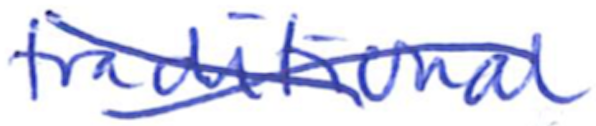
Text: traditional
Cross-out: cross
Writing tool: ballpoint